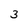
Character: 3